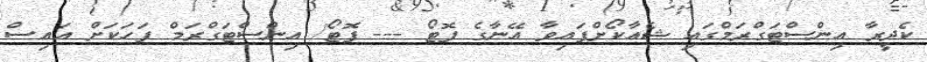
ކެދީރާ އިންސްޓަގްރަމްގައި ޝެއާކޯށްފައިވާ އޭނާގެ ފޮޓޯ --- ފޮޓޯ/ އިންސްޓަގްރަމް ފަހަކަށް އައިސް